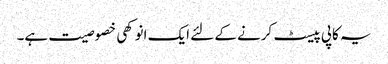
یہ کاپی پیسٹ کرنے کے لئے ایک انوکھی خصوصیت ہے۔